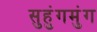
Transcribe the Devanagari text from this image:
सुहुंगमुंग